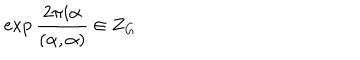
LaTeX: \exp \frac { 2 \pi i \alpha } { ( \alpha , \alpha ) } \in Z _ { G } \